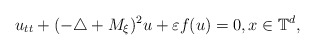
\begin{align*}u_{tt}+(-\triangle+M_{\xi})^2u+\varepsilon f(u)=0,x\in\mathbb{T}^d,\end{align*}